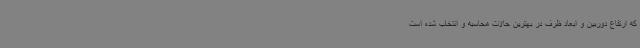
که ارتفاع دوربین و ابعاد ظرف در بهترین حالات محاسبه و انتخاب شده است